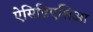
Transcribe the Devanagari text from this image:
ऐसिडिएशिआ